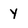
Character: y